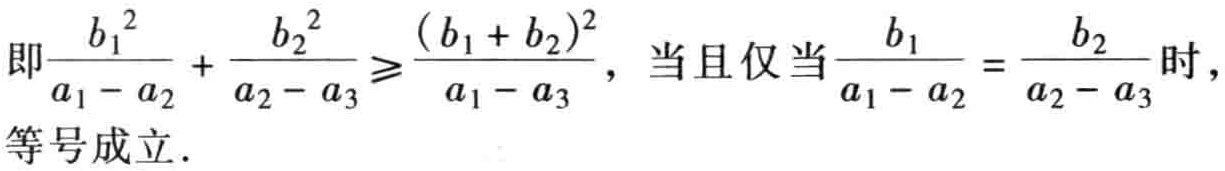
即$\frac{b_{1}^{2}}{a_{1}-a_{2}}+\frac{b_{2}^{2}}{a_{2}-a_{3}}\geqslant\frac{(b_{1}+b_{2})^{2}}{a_{1}-a_{3}}$，当且仅当$\frac{b_{1}}{a_{1}-a_{2}}=\frac{b_{2}}{a_{2}-a_{3}}$时，等号成立.